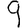
Digit: 9